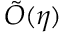
\tilde { \cal { O } } ( \eta )